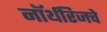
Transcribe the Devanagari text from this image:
नॉर्थरिजचे